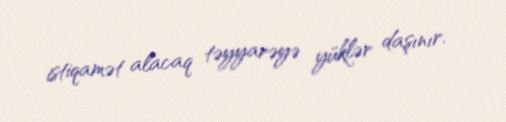
istiqamət alacaq təyyarəyə yüklər daşınır.